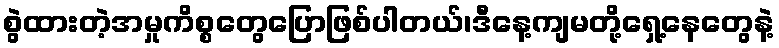
စွဲထားတဲ့အမှုကိစ္စတွေပြောဖြစ်ပါတယ်၊ဒီနေ့ကျမတို့ရှေ့နေတွေနဲ့